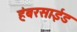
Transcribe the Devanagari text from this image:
हंबरसाईड